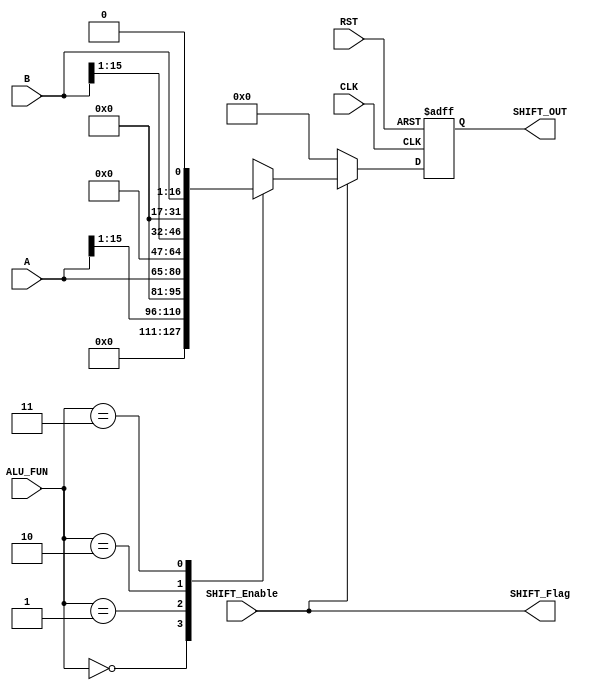
module SHIFT_UNIT #(parameter Operand_SIZE = 16, parameter ALU_OUT = 32) (

input wire [Operand_SIZE-1 :0] A,
input wire [Operand_SIZE-1 :0] B,
input wire [1:0] ALU_FUN,

input wire CLK,
input wire SHIFT_Enable,
input wire RST,

output reg [ALU_OUT-1:0] SHIFT_OUT,
output wire  SHIFT_Flag );

always@(posedge CLK or negedge RST)
  begin
	if ( !RST )
	  begin
		  SHIFT_OUT <= 'd0;
		end
	else
	  begin
	    if(SHIFT_Enable)
			  begin
				case (ALU_FUN)
				
					2'b00:
							begin
							  SHIFT_OUT <=   A>>1 ;
							end
					2'b01:
							begin
							  SHIFT_OUT <=   A<<1;
							end
					2'b10:
							begin
							  SHIFT_OUT <=   B>>1 ;
							end
					2'b11:
							begin
							  SHIFT_OUT <=   B<<1 ;
							end
					default: 
							begin
							  SHIFT_OUT <=   A>>1 ;
							end
					endcase
				end
		else
		 begin
			SHIFT_OUT <='d0;
		 end			
	        end
   end
   assign SHIFT_Flag = (SHIFT_Enable == 1'b1);
  endmodule